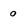
Character: o